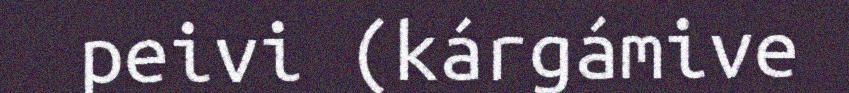
peivi (kárgámive